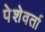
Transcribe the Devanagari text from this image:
पेशेवर्ता